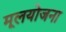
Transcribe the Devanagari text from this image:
मूलयोजना